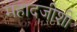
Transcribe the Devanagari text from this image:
महादजीशी